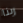
ربنا